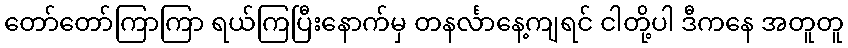
တော်တော်ကြာကြာ ရယ်ကြပြီးနောက်မှ တနင်္လာနေ့ကျရင် ငါတို့ပါ ဒီကနေ အတူတူ